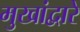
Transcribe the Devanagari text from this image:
मुखांद्वारे